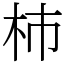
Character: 杮